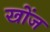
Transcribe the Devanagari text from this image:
खोंज